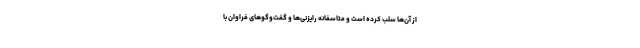
از آن‌ها سلب کرده است و متاسفانه رایزنی‌ها و گفت‌وگوهای فراوان با